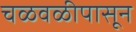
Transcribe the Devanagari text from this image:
चळवळीपासून